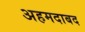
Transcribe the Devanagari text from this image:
अहमदाबद